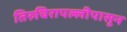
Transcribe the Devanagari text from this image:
तिरुचिरापल्लीपासून